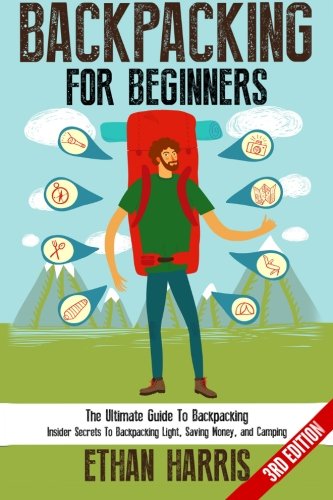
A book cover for Backpacking: For Beginners! The Ultimate Guide To Backpacking: Insider Secrets To Backpacking Light, Saving Money, and Camping; Ethan Harris; Sports & Outdoors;